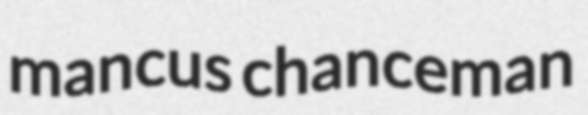
mancus chanceman